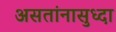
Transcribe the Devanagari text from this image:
असतांनासुध्दा